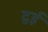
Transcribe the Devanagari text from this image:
द्वई